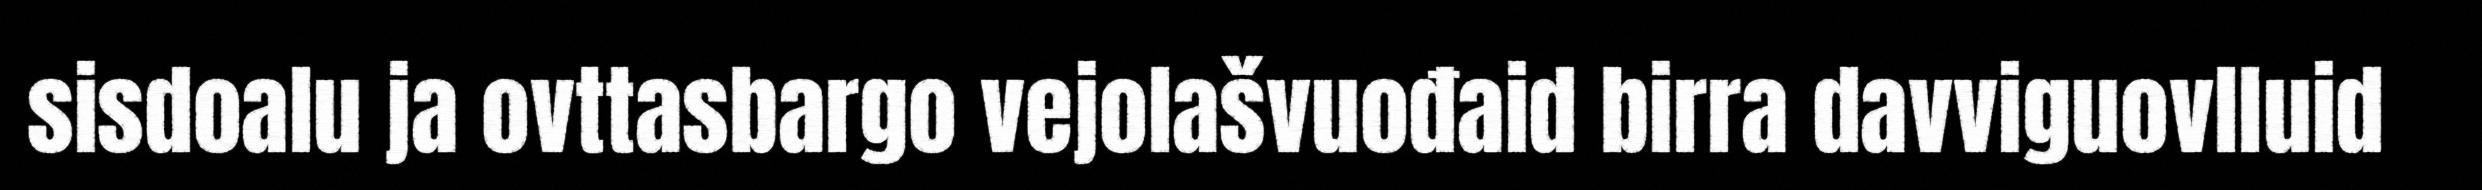
sisdoalu ja ovttasbargo vejolašvuođaid birra davviguovlluid